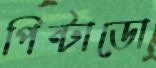
পিন্টাডো